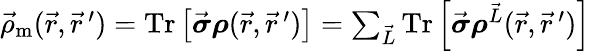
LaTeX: \begin{array}{r}{\vec{\rho}_{\textrm{m}}(\vec{r},\vec{r}\, ^{\prime})=\textrm{Tr}\left[\vec{\boldsymbol{\sigma}}\boldsymbol{\rho}(\vec{r},\vec{r}\, ^{\prime})\right]=\sum_{\vec{L}}\textrm{Tr}\left[\vec{\boldsymbol{\sigma}}\boldsymbol{\rho}^{\vec{L}}(\vec{r},\vec{r}\, ^{\prime})\right]}\end{array}